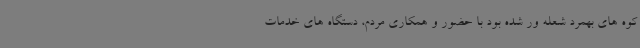
کوه های بهمرد شعله ور شده بود با حضور و همکاری مردم، دستگاه های خدمات